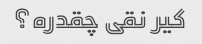
کیر نقی چقدره؟